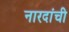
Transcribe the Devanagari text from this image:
नारदांची